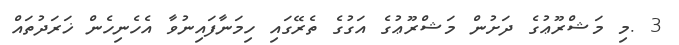
3 .މި މަޝްރޫޢުގެ ދަށުން މަޝްރޫޢުގެ އަގުގެ ތެރޭގައި ހިމަނާފައިނުވާ އެހެނިހެން ޚަރަދުތައް